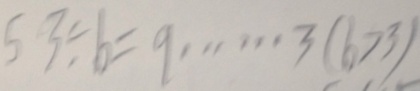
5 3 \div b = 9 \cdots 3 ( b > 3 )